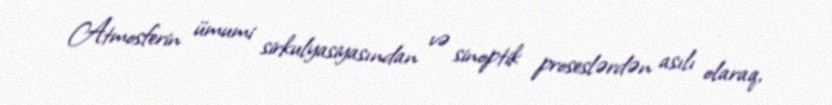
Atmosferin ümumi sirkulyasiyasından və sinoptik proseslərdən asılı olaraq,